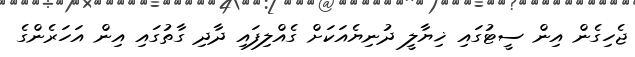
ޖެހިގެން އިން ސީޓުގައި ޚިޔާލީ ދުނިޔެއަކަށް ގެއްލިފައި ދާދި ގާތުގައި އިން އަހަރެންގެ